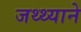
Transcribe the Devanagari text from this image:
जथ्थ्याने